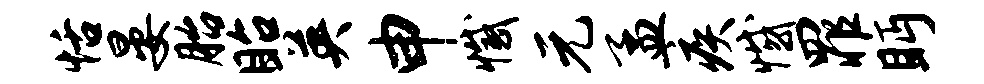
恬晏胎眙英申撼元孟疾憾罪眄